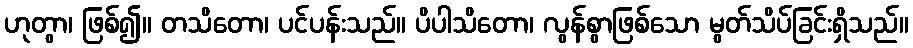
ဟုတွာ၊ ဖြစ်၍။ တသိတော၊ ပင်ပန်းသည်။ ပိပါသိတော၊ လွန်စွာဖြစ်သော မွတ်သိပ်ခြင်းရှိသည်။